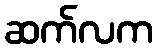
ဆက်လက